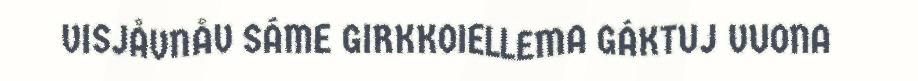
VISJÅVNÅV SÁME GIRKKOIELLEMA GÁKTUJ VUONA